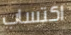
اكتساب